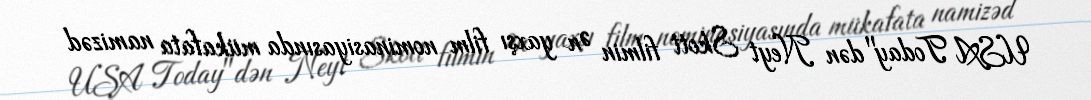
USA Today"dən Neyt Skott filmin Ən yaxşı film nominasiyasında mükafata namizəd